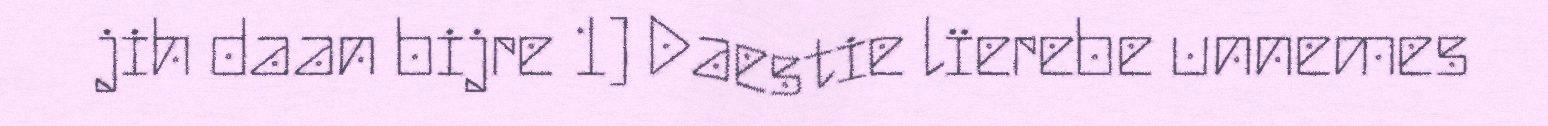
jih daan bijre 1] Daestie lïerebe unnemes